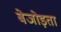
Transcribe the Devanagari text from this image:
बेजोड़ता